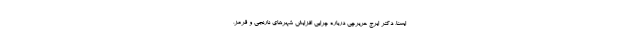
ایسنا، دکتر ایرج حریرچی درباره چرایی افزایش شهرهای نارنجی و قرمز،